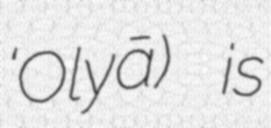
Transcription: ‘Olyā) is